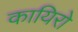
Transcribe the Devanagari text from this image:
कायिरो